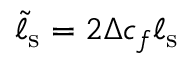
\tilde { \ell } _ { \mathrm { s } } = 2 \Delta c _ { f } \ell _ { \mathrm { s } }